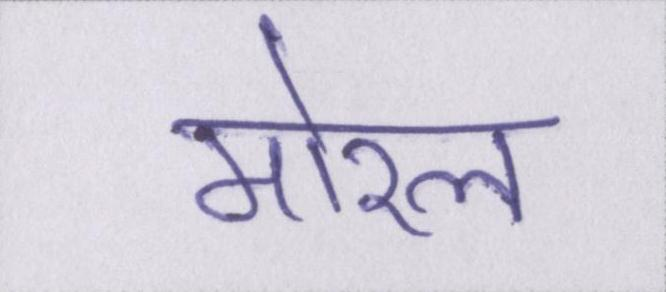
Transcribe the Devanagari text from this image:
मोरल